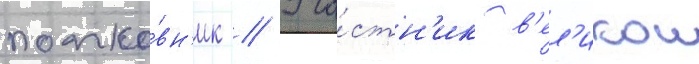
полко́вн'ик // Уча́стн'ик в'ел'икои